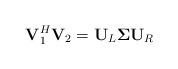
LaTeX: \begin{align*}{\bf{V}}_1^H {\bf{V}}_2 = {\bf{U}}_L \mathbf{\Sigma} {\bf{U}}_R \end{align*}